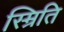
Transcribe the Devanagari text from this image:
स्म्रिति